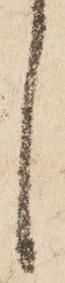
々